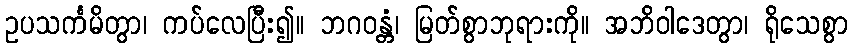
ဥပသင်္ကမိတွာ၊ ကပ်လေပြီး၍။ ဘဂဝန္တံ၊ မြတ်စွာဘုရားကို။ အဘိဝါဒေတွာ၊ ရိုသေစွာ